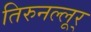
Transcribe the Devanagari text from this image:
तिरुनल्लूर्